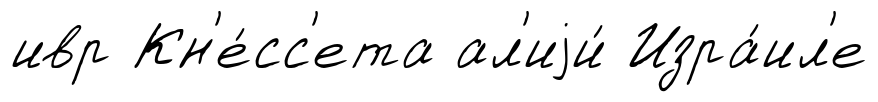
ивр Кн'е́сс'ета ал'иjи́ Изра́ил'е